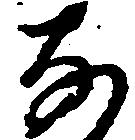
な